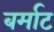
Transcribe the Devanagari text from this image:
बर्माट